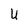
Character: U